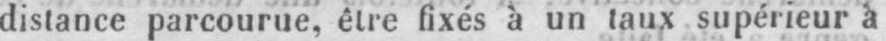
distance parcourue, être fixés à un taux supérieur à